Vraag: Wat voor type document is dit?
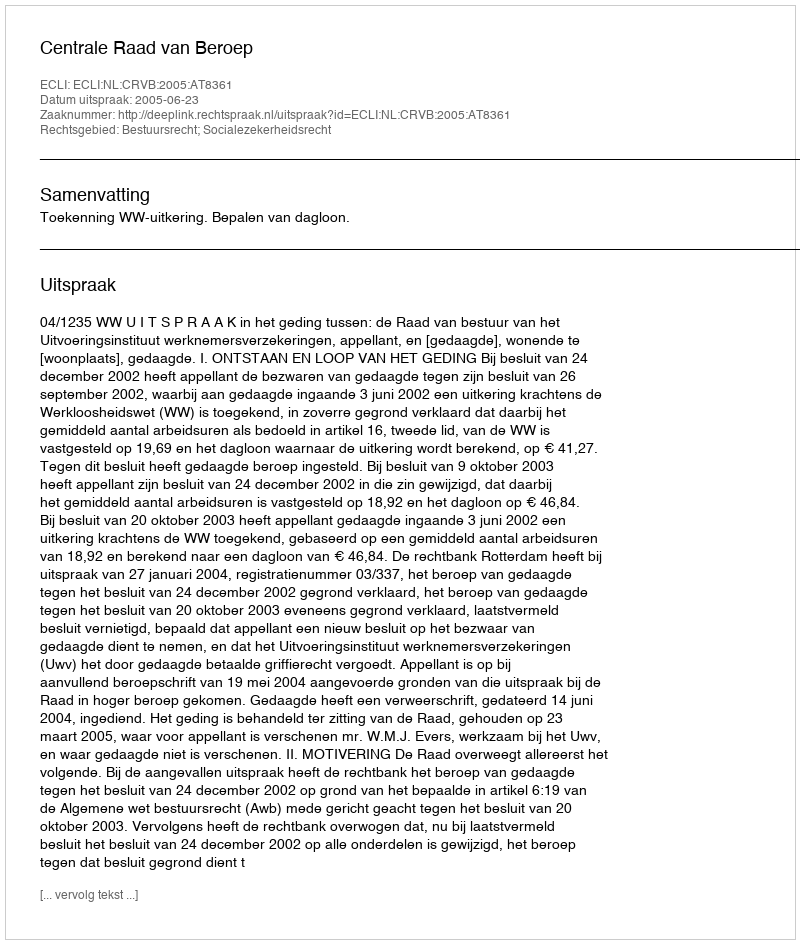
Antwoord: Uitspraak